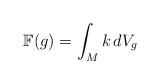
LaTeX: \begin{align*}\mathbb F(g)= \int_M k\,dV_g\end{align*}